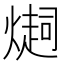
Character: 𤏉